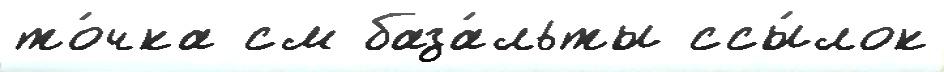
то́чка см база́льты ссы́лок